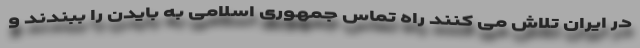
در ایران تلاش می کنند راه تماس جمهوری اسلامی به بایدن را ببندند و